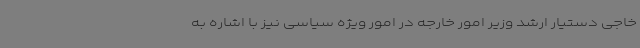
خاجی دستیار ارشد وزیر امور خارجه در امور ویژه سیاسی نیز با اشاره به